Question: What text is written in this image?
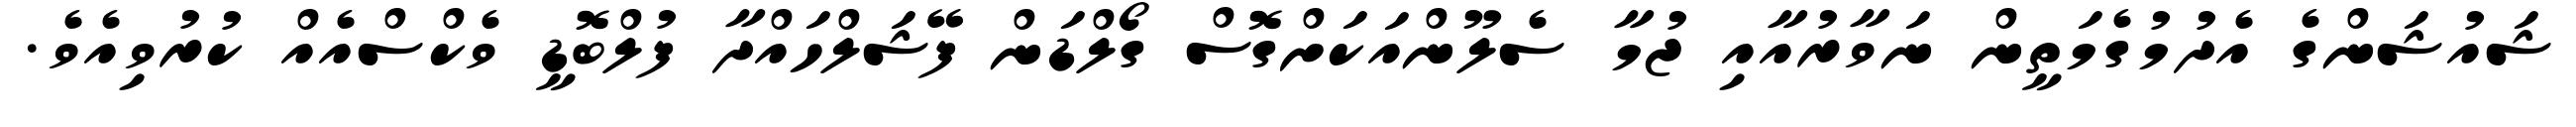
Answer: ޝައުޝަންގެ އެދުމުގެމަތީން ނަވާރުއާއި ޖުމާ ސެލޫންއަކަށްގޮސް ގޯލްޑަން ފޭޝަލްހައްދާ ފުލްބޮޑީ ވެކްސްއެއް ކުރުވިއެވެ.